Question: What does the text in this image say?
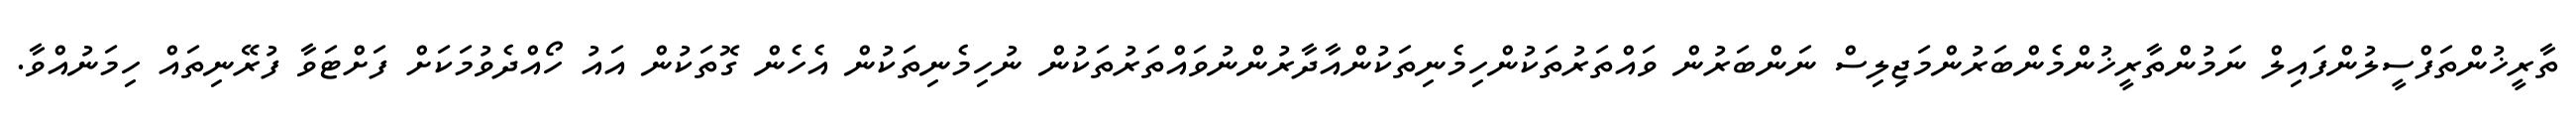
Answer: ތާރީޚުންތަފްސީލުންފައިލް ނަމުންތާރީޚުންމެންބަރުންމަޖިލިސް ނަންބަރުން ވައްތަރުތަކުންހިމެނިތަކުންއާދާރުންނުވައްތަރުތަކުން ނުހިމެނިތަކުން އެހެން ގޮތަކުން އައު ހޯއްދެވުމަކަށް ފަށްޓަވާ ފުރޭނިތައް ހިމަނުއްވާ.